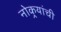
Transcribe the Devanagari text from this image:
नोकर्‍यांची